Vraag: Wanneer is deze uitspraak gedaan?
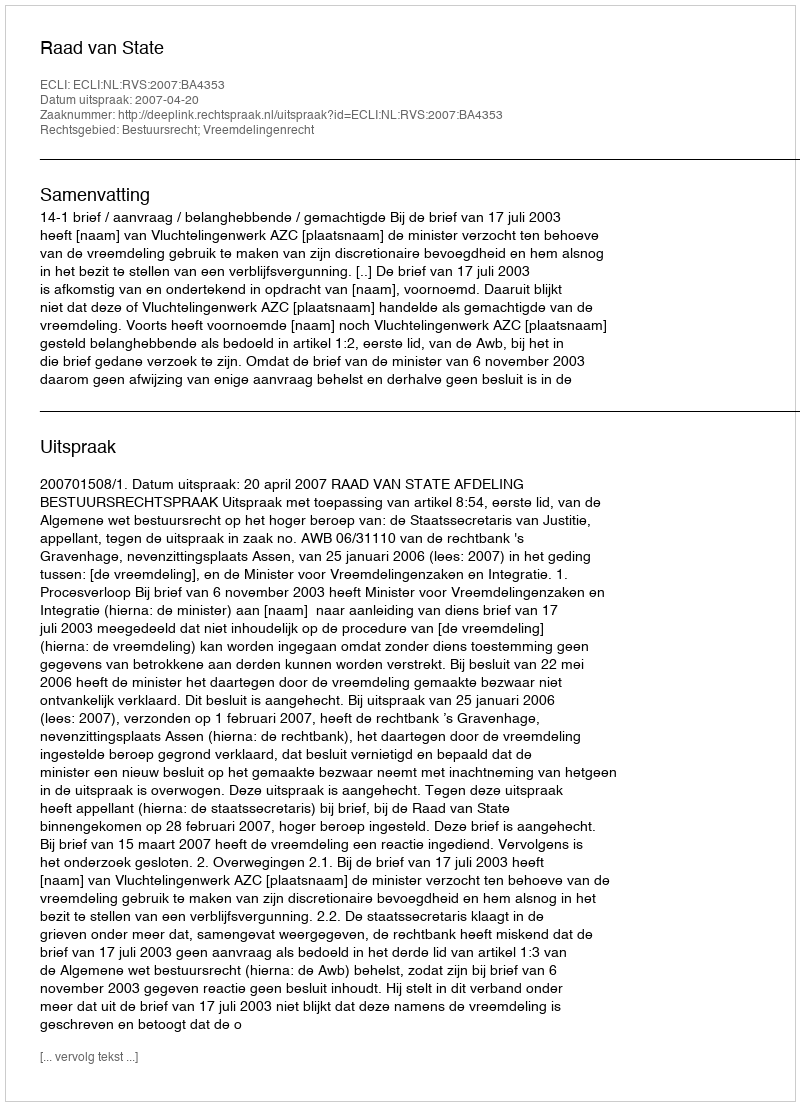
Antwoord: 2007-04-20